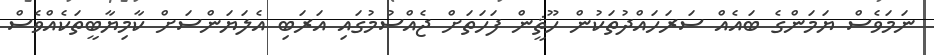
ނަމަވެސް ޔަމަންގެ ބައެއް ސަރަހައްދުތަކުން ހޫޘީން ފަހަތަށް ޖެއްސުމުގައި އަރަބި އެލަޔަންސަށް ކާމިޔާބީތަކެއްވެސް